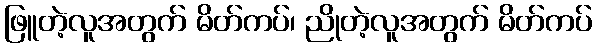
ဖြူတဲ့လူအတွက် မိတ်ကပ်၊ ညိုတဲ့လူအတွက် မိတ်ကပ်